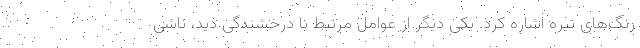
رنگ‌های تیره اشاره کرد. یکی دیگر از عوامل مرتبط با درخشندگی دید، ناشی